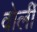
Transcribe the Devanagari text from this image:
वोर्ली